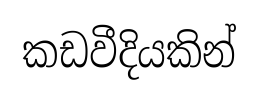
කඩවීදියකින්